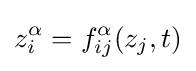
z_{i}^{\alpha }=f_{ij}^{\alpha }(z_{j},t)